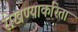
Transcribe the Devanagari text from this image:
रोखण्याकरिता